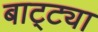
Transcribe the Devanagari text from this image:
बाट्ट्या